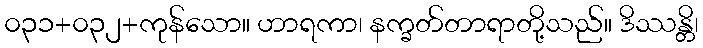
၀၃၁+၀၃၂+ကုန်သော။ ဟာရကာ၊ နက္ခတ်တာရာတို့သည်။ ဒိဿန္တိ၊